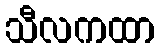
သီလကထာ